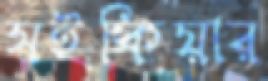
সইকিয়ার